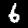
Label: 6